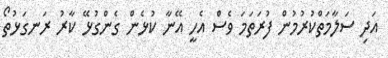
އަދި ސަލާމަތްކުރުމުން ފުރަތަމަ ވެސް އެހީ އޭނާ ކުޅެން ގެންގުޅޭ ކާރު ރަނގަޅުތޯ